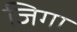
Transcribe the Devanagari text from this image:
जिगा